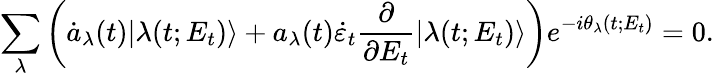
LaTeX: \sum_{\lambda}\left(\dot{a}_{\lambda}(t)|\lambda(t;E_{t})\rangle+a_{\lambda}(t)\dot{\varepsilon}_{t}\frac{\partial}{\partial E_{t}}|\lambda(t;E_{t})\rangle\right)e^{-i\theta_{\lambda}(t;E_{t})}=0.